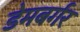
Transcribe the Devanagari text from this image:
डेमबर्गर